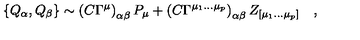
\{ Q _ { \alpha } , Q _ { \beta } \} \sim \left( C \Gamma ^ { \mu } \right) _ { \alpha \beta } P _ { \mu } + \left( C \Gamma ^ { \mu _ { 1 } \ldots \mu _ { p } } \right) _ { \alpha \beta } Z _ { [ \mu _ { 1 } \ldots \mu _ { p } ] } \quad ,